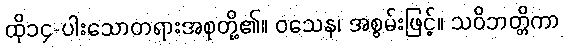
ထို၁၄-ပါးသောတရားအစုတို့၏။ ဝသေန၊ အစွမ်းဖြင့်။ သဝိဘတ္တိကာ